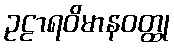
ဥဠာရဝိမာနဝတ္ထု